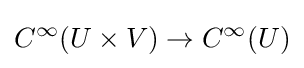
C^{\infty }(U\times V)\to C^{\infty }(U)